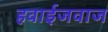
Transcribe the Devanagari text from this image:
हवाईजवाज